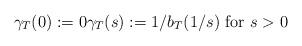
LaTeX: \begin{align*}\gamma_{T}(0):=0\gamma_{T}(s):=1/b_{T}(1/s)\text{ for }s>0\end{align*}